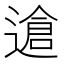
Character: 䢢